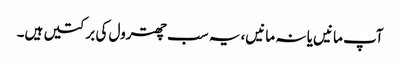
آپ مانیں یا نہ مانیں، یہ سب چھترول کی برکتیں ہیں۔